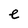
Character: e